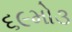
૬૯મો૩